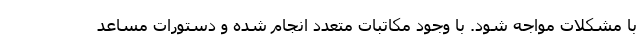
با مشکلات مواجه شود. با وجود مکاتبات متعدد انجام شده و دستورات مساعد